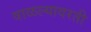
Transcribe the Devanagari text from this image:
वाळल्यावरती